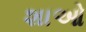
શાઓ